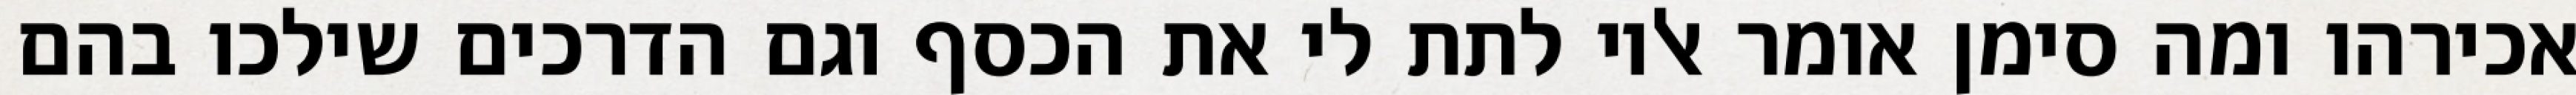
אכירהו ומה סימן אומר אליו לתת לי את הכסף וגם הדרכים שילכו בהם